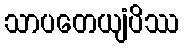
သာပတေယျံပိဿ